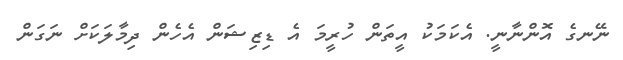
ނޭނގެ އޮންނާނީ. އެކަމަކު އީތަން ހުރީމަ އެ ޑިޒިޝަން އެހެން ދިމާލަކަށް ނަގަން